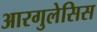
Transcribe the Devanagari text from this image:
आरगुलेसिस